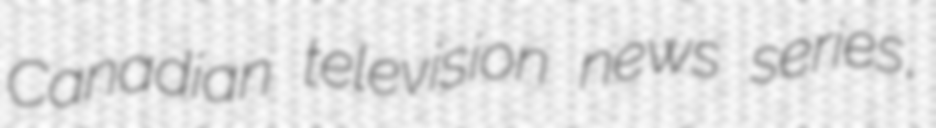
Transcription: Canadian television news series,